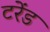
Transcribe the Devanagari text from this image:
टरेंड